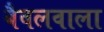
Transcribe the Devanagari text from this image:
बैवलवाला